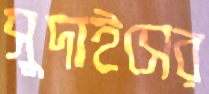
সুদাইসের